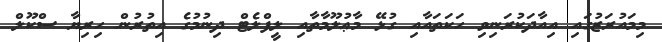
މިމައުރަޒުގައި އިއާދަކުރަނިވި ހަކަތައާއި ގުޅޭ މާޢުލޫމާތާއި ލީފްލެޓް ދިނުމުގެ އިތުރުން ހިރިޔާ ސްކޫލް